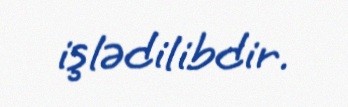
işlədilibdir.